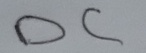
Text: DC